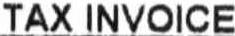
TAX INVOICE